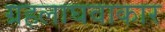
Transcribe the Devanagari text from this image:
ग्रहलाघवाकार